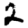
Digit: 2